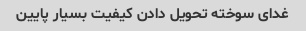
غدای سوخته تحویل دادن کیفیت بسیار پایین